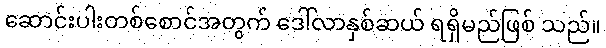
ဆောင်းပါးတစ်စောင်အတွက် ဒေါ်လာနှစ်ဆယ် ရရှိမည်ဖြစ် သည်။